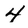
Character: 4